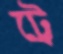
ট্রে